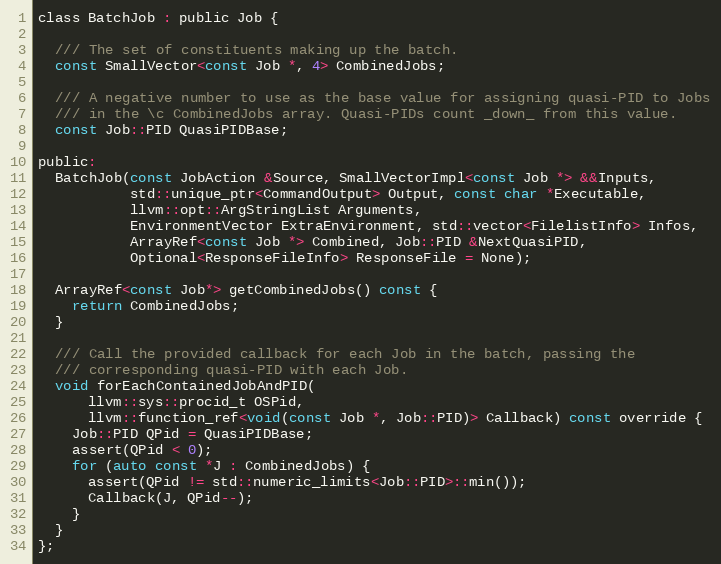
Language: C
class BatchJob : public Job {

  /// The set of constituents making up the batch.
  const SmallVector<const Job *, 4> CombinedJobs;

  /// A negative number to use as the base value for assigning quasi-PID to Jobs
  /// in the \c CombinedJobs array. Quasi-PIDs count _down_ from this value.
  const Job::PID QuasiPIDBase;

public:
  BatchJob(const JobAction &Source, SmallVectorImpl<const Job *> &&Inputs,
           std::unique_ptr<CommandOutput> Output, const char *Executable,
           llvm::opt::ArgStringList Arguments,
           EnvironmentVector ExtraEnvironment, std::vector<FilelistInfo> Infos,
           ArrayRef<const Job *> Combined, Job::PID &NextQuasiPID,
           Optional<ResponseFileInfo> ResponseFile = None);

  ArrayRef<const Job*> getCombinedJobs() const {
    return CombinedJobs;
  }

  /// Call the provided callback for each Job in the batch, passing the
  /// corresponding quasi-PID with each Job.
  void forEachContainedJobAndPID(
      llvm::sys::procid_t OSPid,
      llvm::function_ref<void(const Job *, Job::PID)> Callback) const override {
    Job::PID QPid = QuasiPIDBase;
    assert(QPid < 0);
    for (auto const *J : CombinedJobs) {
      assert(QPid != std::numeric_limits<Job::PID>::min());
      Callback(J, QPid--);
    }
  }
};